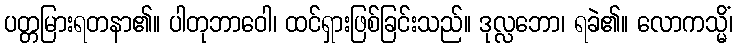
ပတ္တမြားရတနာ၏။ ပါတုဘာဝေါ၊ ထင်ရှားဖြစ်ခြင်းသည်။ ဒုလ္လဘော၊ ရခဲ၏။ လောကသ္မိံ၊